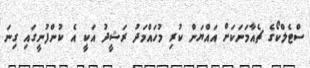
ސްޓެލްކޯގެ ޗެއާމަނަކަށް އައްޔަން ކުރި މުހައްމަދު ރަޝީދު އަކީ އެ ކުންފުނީގައި ގިނަ